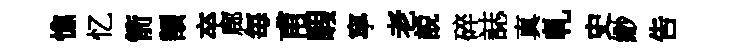
憔忆箭額卒廊毎甫暇寧老説碎誌真乹史緲吿